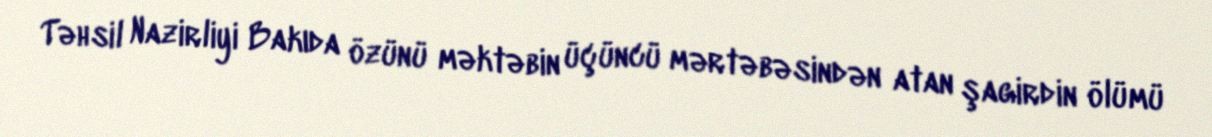
Təhsil Nazirliyi Bakıda özünü məktəbin üçüncü mərtəbəsindən atan şagirdin ölümü